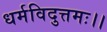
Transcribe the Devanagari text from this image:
धर्मविदुत्तमः।।